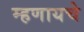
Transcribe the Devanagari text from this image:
म्‍हणायचे